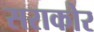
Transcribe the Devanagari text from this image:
सराकोर